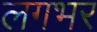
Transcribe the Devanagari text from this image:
लगभर